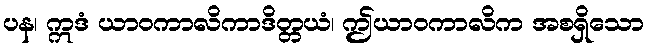
ပန၊ ဣဒံ ယာဝကာလိကာဒိတ္တယံ၊ ဤယာဝကာလိက အစရှိသော